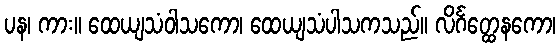
ပန၊ ကား။ ထေယျသံဝါသကော၊ ထေယျသံပါသကသည်။ လိင်္ဂတ္ထေနကော၊